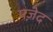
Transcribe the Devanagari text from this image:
पज़ेद